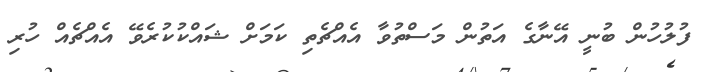
ފުލުހުން ބުނީ އޭނާގެ އަތުން މަސްތުވާ އެއްޗެތި ކަމަށް ޝައްކުކުރެވޭ އެއްޗެއް ހުރި